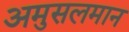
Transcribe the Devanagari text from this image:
अमुसलमान